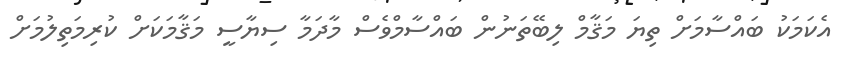
އެކަމަކު ބައްސާމަށް ތިޔަ މަޤާމް ލިބޭތަނުން ބައްސާމްވެސް މާދަމާ ސިޔާސީ މަޤާމަކަށް ކުރިމަތިލުމަށް